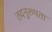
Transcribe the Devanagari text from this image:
तदनुरुपता